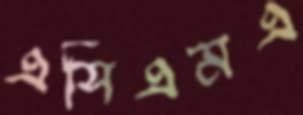
এসিএমএ